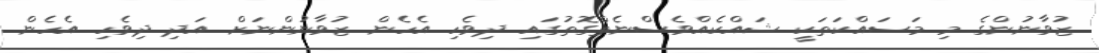
ޒުވާނުންގެ މި މަސައްކަތަކީ ޝައްކެއްވެސްނެތްގޮތުގައި ދިވެހި އެހެން ޒުވާނުންނަށް އަދި ދިވެހި އެހެން